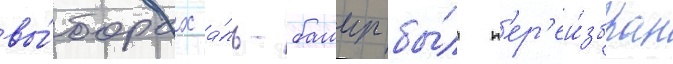
вы́борах а́ль-башир бы́л п'ер'еи́збран